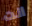
انت